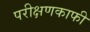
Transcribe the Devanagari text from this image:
परीक्षणकाफी